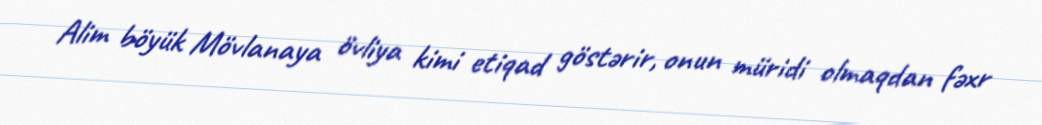
Alim böyük Mövlanaya övliya kimi etiqad göstərir, onun müridi olmaqdan fəxr